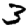
Digit: 3